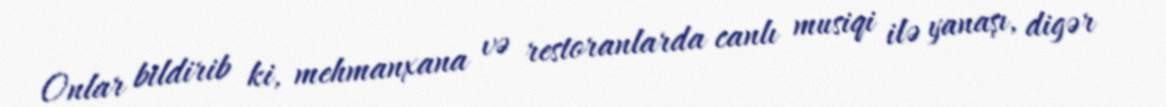
Onlar bildirib ki, mehmanxana və restoranlarda canlı musiqi ilə yanaşı, digər